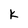
Character: k